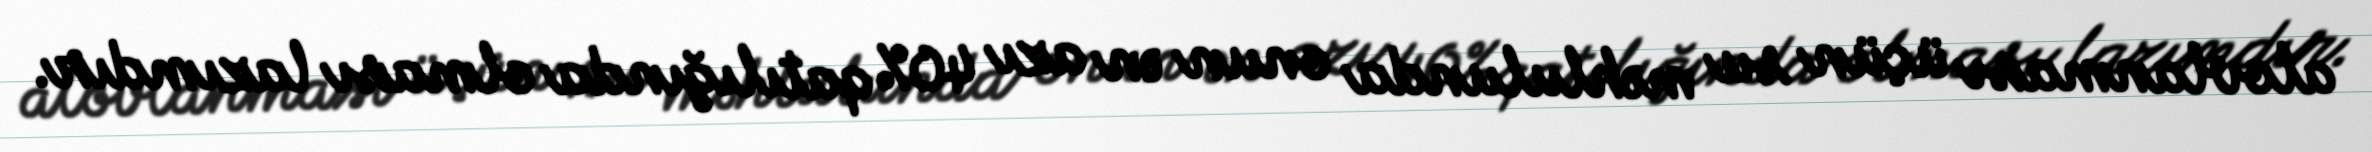
alovlanması üçün su məhlulunda onun ən azı 40% qatılığında olması lazımdır.